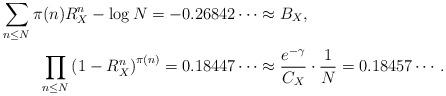
LaTeX: \begin{align*}{\sum_{n \le N} \pi(n) R_{X}^{n}}- \log N= -0.26842 \cdots & \approx B_{X}, \\\prod_{n \leq N} \left( 1- R_{X}^{n} \right)^{\pi(n)}= 0.18447 \cdots & \approx \frac{e^{-\gamma}}{C_{X}} \cdot \frac{1}{N}= 0.18457 \cdots. \end{align*}